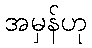
အမှန်ဟု